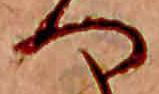
へ